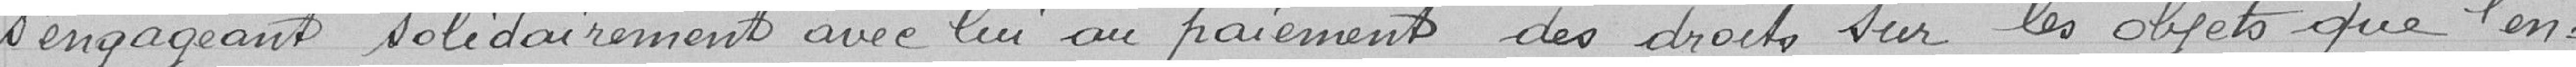
s'engageant solidairement avec lui au paiement des droits sur les objets que l'en-